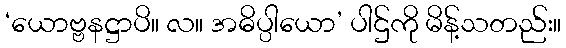
‘ယောဗ္ဗနဋ္ဌာပိ။ လ။ အဓိပ္ပါယော’ ပါဌ်ကို မိန့်သတည်း။